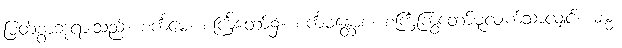
မြတ်စွာဘုရားသည်။ စင်္ကမေ၊ စင်္ကြံတော်၌။ စင်္ကမန္တောစ၊ စင်္ကြံကြွတော်မူလျက်သာလျှင်။ ဓမ္မံ၊